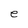
Character: e